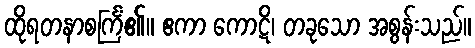
ထိုရတနာစင်္ကြံ၏။ ဧကာ ကောဋိ၊ တခုသော အစွန်းသည်။